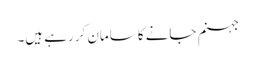
جہنم جانے کا سامان کر رہے ہیں۔